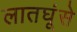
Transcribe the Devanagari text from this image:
लातघूंसे